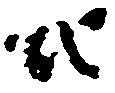
地